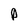
Character: P